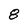
Character: 8